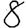
Digit: 8